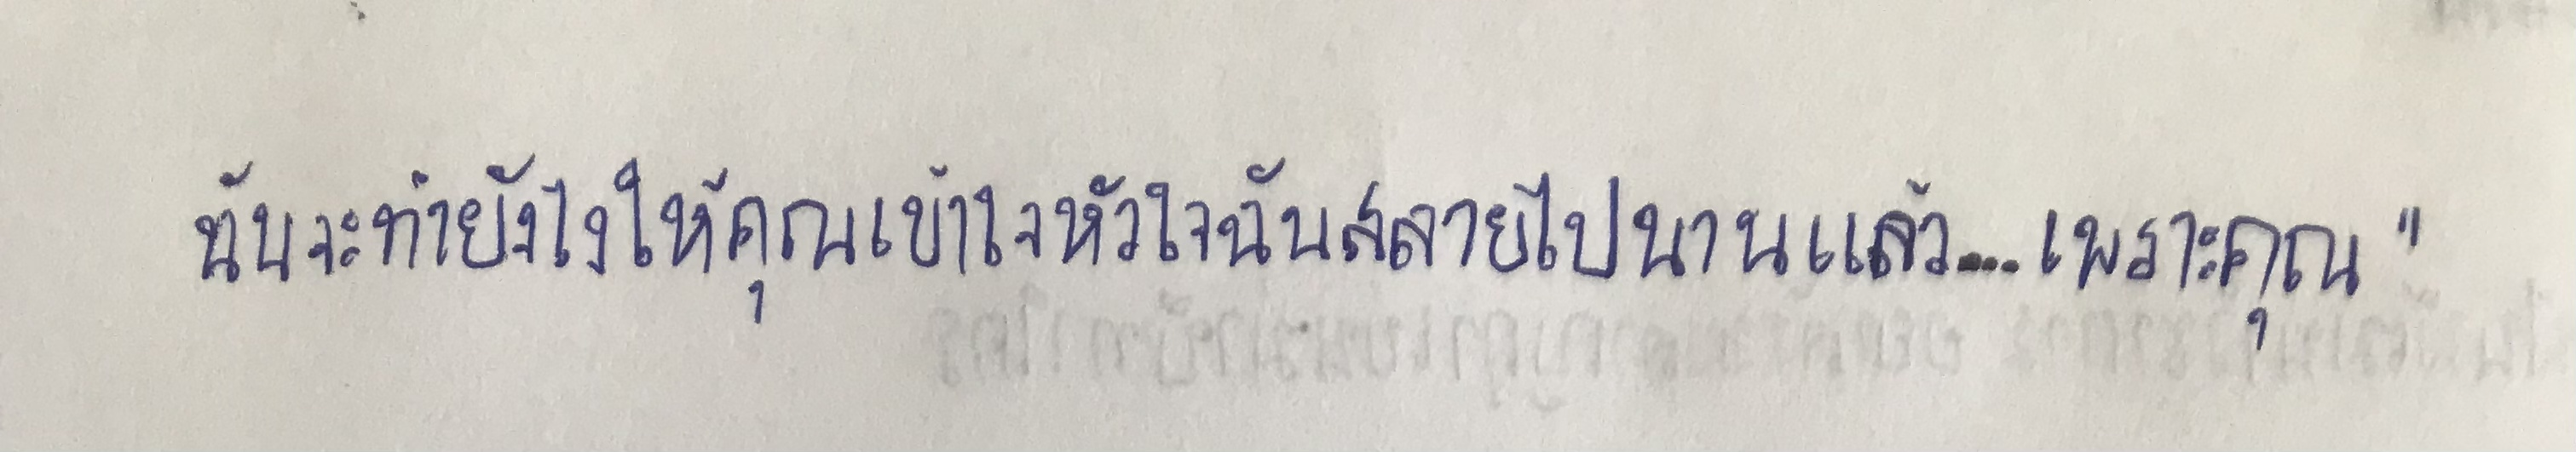
ฉันจะทำยังไงให้คุณเข้าใจหัวใจฉันสลายไปนานแล้ว...เพราะคุณ"